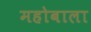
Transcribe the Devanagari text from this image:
महोबाला